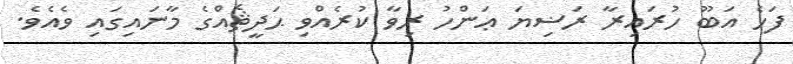
ފަހެ އަބޫ ހުރައިރާ ރަޟިޔަ ޢަންހު ރިވާ ކުރެއްވި ޙަދީޘެއްގެ މާނައިގައި ވެއެވެ.